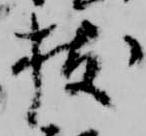
拔